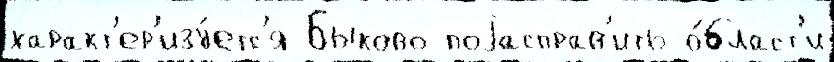
характ'ер'изу́етс'я Быково поjасправ'ить о́бласт'и